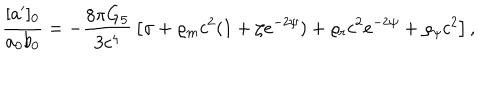
LaTeX: { \frac { [ a ^ { \prime } ] _ { 0 } } { a _ { 0 } b _ { 0 } } } = - { \frac { 8 \pi G _ { 5 } } { 3 c ^ { 4 } } } \left[ \sigma + \varrho _ { m } c ^ { 2 } ( 1 + \zeta e ^ { - 2 \psi } ) + \varrho _ { r } c ^ { 2 } e ^ { - 2 \psi } + \varrho _ { \psi } c ^ { 2 } \right] ,